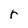
Character: r